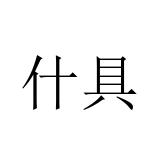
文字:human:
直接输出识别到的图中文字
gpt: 什具